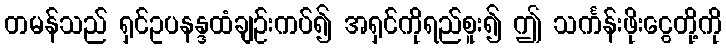
တမန်သည် ရှင်ဥပနန္ဒထံချဉ်းကပ်၍ အရှင်ကိုရည်စူး၍ ဤ သင်္ကန်းဖိုးငွေတို့ကို